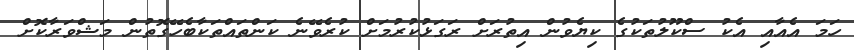
ހަމަ އެއާއި އެކު ސްކޫލުތަކުގެ ކިޔެވުން އިތުރަށް ރަގަޅުކުރުމަށް ކުރެވޭނެ ކަންތައްތަކާބެހޭގޮތުން މަޝްވަރާކޮށް